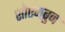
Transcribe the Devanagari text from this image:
शोएनब्रुन